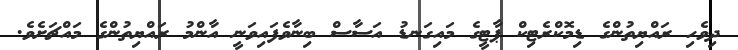
ދިވެހި ރައްޔިތުންގެ ޑިމޮކްރެޓިކް ޕާޓީގެ މައިގަނޑު އަސާސް ބިނާވެފައިވަނީ އާންމު ރައްޔިތުންގެ މައްޗަށެވެ.